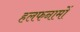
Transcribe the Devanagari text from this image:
हलफनामों